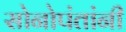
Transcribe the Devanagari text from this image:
सोनोपंतांनी